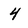
Character: 4